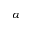
\alpha